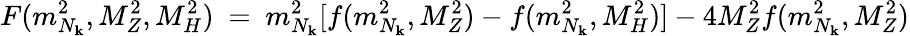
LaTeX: F(m_{N_{\mathbf{k}}}^{2},M_{Z}^{2},M_{H}^{2})\ =\ m_{N_{\mathbf{k}}}^{2}[f(m_{N_{\mathbf{k}}}^{2},M_{Z}^{2})-f(m_{N_{\mathbf{k}}}^{2},M_{H}^{2})]-4M_{Z}^{2}f(m_{N_{\mathbf{k}}}^{2},M_{Z}^{2})